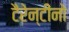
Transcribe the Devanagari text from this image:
टैरेन्टीनो